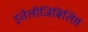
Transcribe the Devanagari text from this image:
इंतेलीजिबिलिस